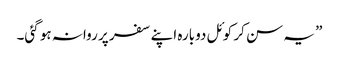
” یہ سن کر کوئل دوبارہ اپنے سفر پر روانہ ہو گئی۔